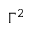
\Gamma ^ { 2 }